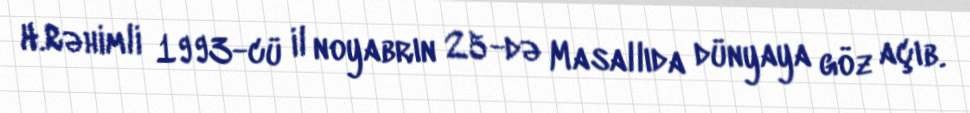
H.Rəhimli 1993-cü il noyabrın 25-də Masallıda dünyaya göz açıb.